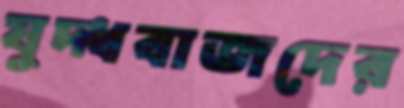
যুদ্ধবাজদের